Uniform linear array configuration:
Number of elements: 12
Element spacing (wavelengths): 0.5
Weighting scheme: blackman
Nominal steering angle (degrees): -30
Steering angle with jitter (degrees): -30.353
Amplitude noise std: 0.05
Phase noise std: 0.05

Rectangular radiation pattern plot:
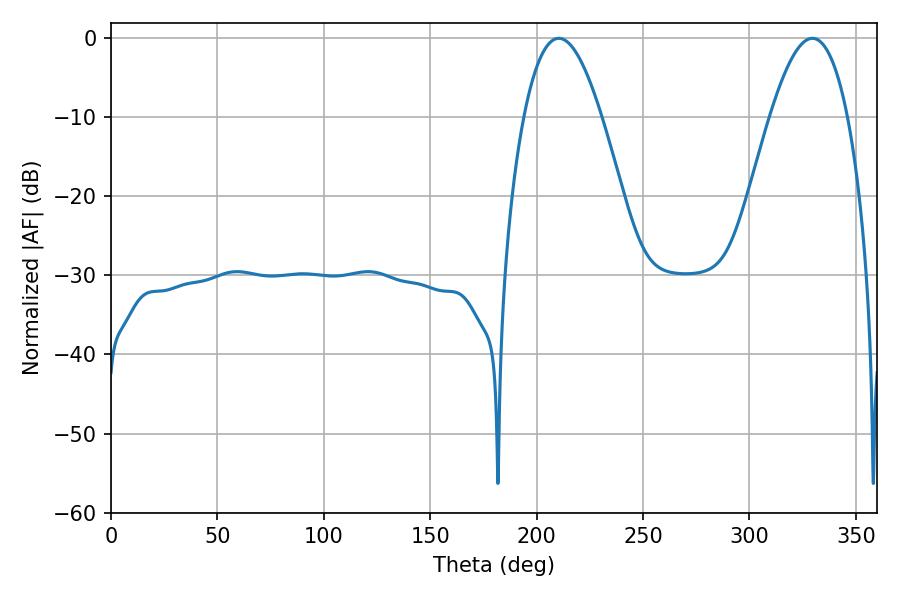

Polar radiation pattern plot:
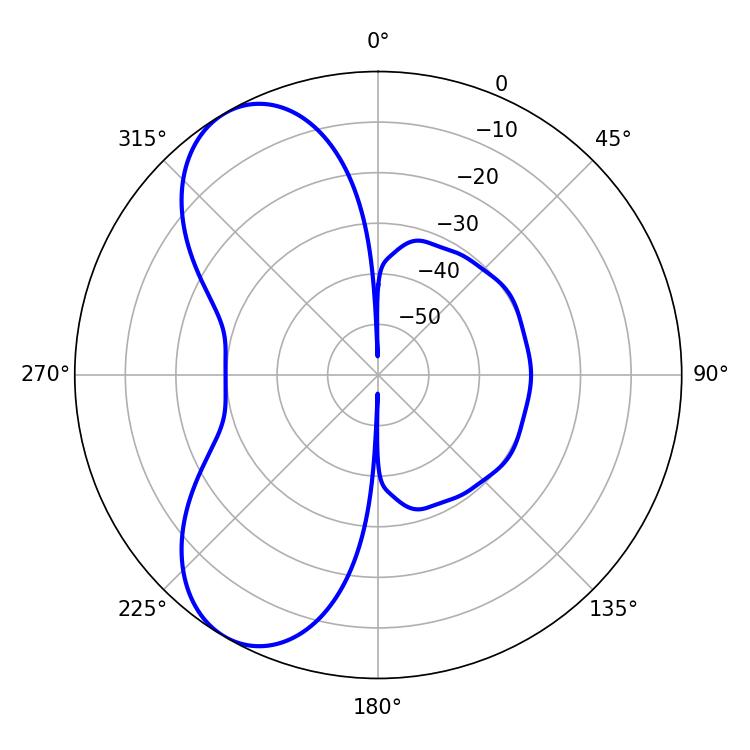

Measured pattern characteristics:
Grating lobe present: FALSE
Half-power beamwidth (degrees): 19.8
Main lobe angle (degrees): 210.42